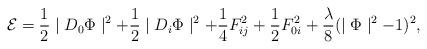
LaTeX: \begin{align*}{\cal E} =\frac{1}{2} \mid D_{0} \Phi \mid^{2} +\frac{1}{2} \mid D_{i} \Phi \mid^{2} +\frac{1}{4} F_{ij}^{2} +\frac{1}{2} F_{0i}^{2} +\frac{\lambda}{8} ( \mid \Phi \mid^{2} - 1)^{2},\end{align*}